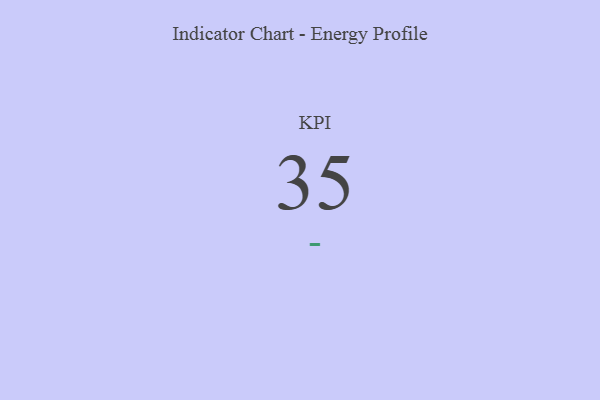
{"axis": {"x": "KPI", "y": "Value"}, "legend": [""], "data": [{"x": "KPI", "y": 35, "type": ""}]}